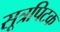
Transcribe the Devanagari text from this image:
सूत्रपिटक